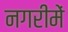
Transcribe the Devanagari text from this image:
नगरीमें